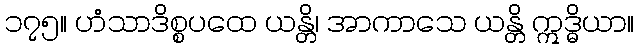
၁၇၅။ ဟံသာဒိစ္စပထေ ယန္တိ၊ အာကာသေ ယန္တိ ဣဒ္ဓိယာ။